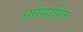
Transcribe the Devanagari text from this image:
अग्रेसारित